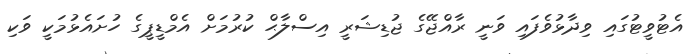
އެޓުވީޓުގައި ވިދާޅުވެފައި ވަނީ ރާއްޖޭގެ ޖުޑިޝަރީ އިސްލާޙް ކުރުމަށް އެމްޑީޕީގެ ހުށައެޅުމަކީ ވަކި